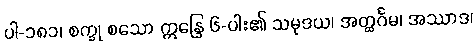
ပါ-၁၈၁၊ စက္ခု စသော ဣန္ဒြေ ၆-ပါး၏ သမုဒယ၊ အတ္ထင်္ဂမ၊ အဿာဒ၊